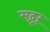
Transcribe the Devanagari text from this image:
सद्गूरू